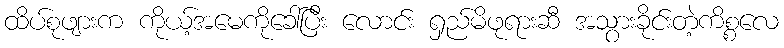
ထိပ်စုဖျားက ကိုယ့်အမေကိုခေါ်ပြီး လောင်း ရှည်မိဖုရားဆီ အသွားခိုင်းတဲ့ကိစ္စလေ